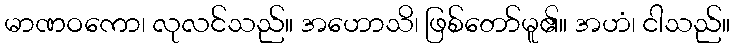
မာဏဝကော၊ လုလင်သည်။ အဟောသိ၊ ဖြစ်တော်မူ၏။ အဟံ၊ ငါသည်။